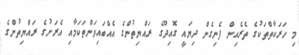
މި ހަރަކާތްތަކުގެ ތެރެއިން ފެނިގެން ދިޔައީ ގޮއިދޫގެ ރައްޔިތުންގެ އެއްބައިވަންތަކަމާއި އެރަށުގެ ރައްޔިތުންގެ